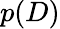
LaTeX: p(D)